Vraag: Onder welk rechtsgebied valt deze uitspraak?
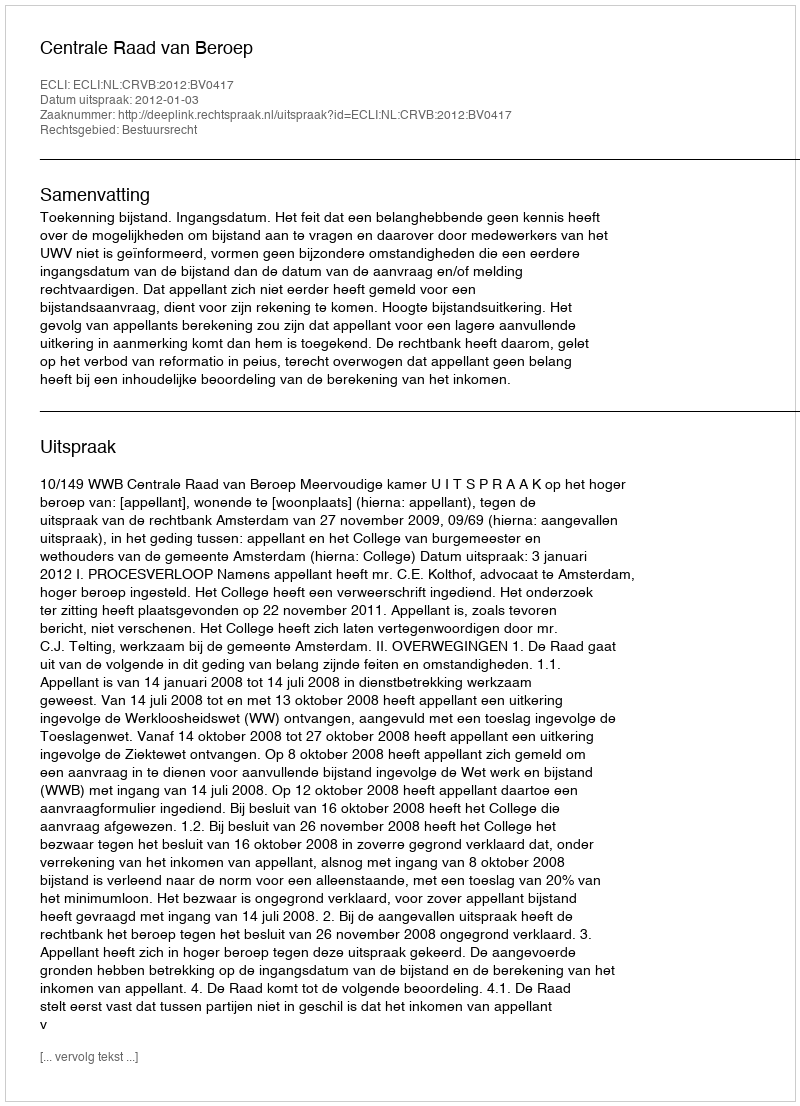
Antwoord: Bestuursrecht